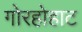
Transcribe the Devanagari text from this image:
गोरहोहाट